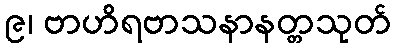
၉၊ ဗာဟိရဗာသနာနတ္တသုတ်